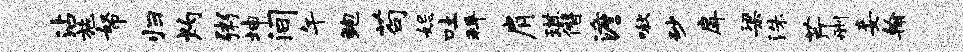
沾施帑归灼粥坤间午鲍苟妃吐拜肩琪僭澹啾砂戽梁洙芹删妾翰